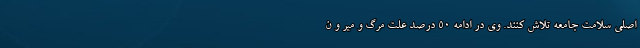
اصلی سلامت جامعه تلاش کنند. وی در ادامه ۵۰ درصد علت مرگ و میر و ن